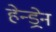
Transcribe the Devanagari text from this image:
हेन्ड्रेन